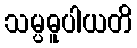
သမ္ပဓူပါယတိ